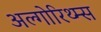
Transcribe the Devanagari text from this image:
अल्गोरिथ्म्स